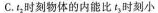
C.t_{2}时刻物体的内能比t_{3}时刻小